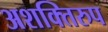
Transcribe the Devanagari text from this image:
अशक्तिरुप